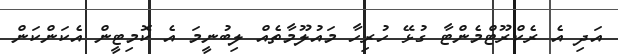
އަދި އެ ރެކްރޫޓްމެންޓާ ގުޅޭ ހުރިހާ މައުލޫމާތެއް ލިބުނީމަ އެ ކޮމިޓީން އެކަންކަން